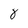
Character: 8